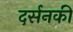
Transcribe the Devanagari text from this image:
दर्सनकी